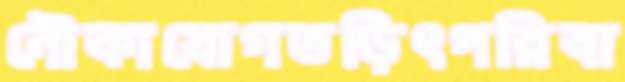
নৌকাযোগতড়িৎপরিবা